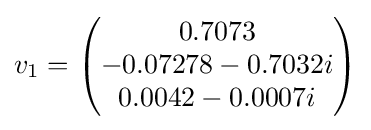
v_{1}={\begin{pmatrix}0.7073\\-0.07278-0.7032i\\0.0042-0.0007i\\\end{pmatrix}}